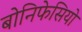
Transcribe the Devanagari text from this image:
बोनिफेसियो